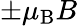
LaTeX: \pm\mu_{\mathrm{{B}}}B